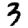
Digit: 3